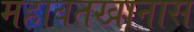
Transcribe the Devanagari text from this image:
महाबतखानास